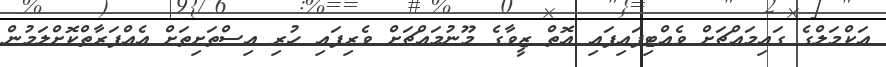
އަކްމަލްގެ ގައިމައްޗަށް ވެއްޓިފައިފައި އޮތް ޒީވާގެ މޫނުމައްޗަށް ވެރިފައި ހުރި އިސްތަށިތަށް އެއްފަރާތްކޮށްލަމުން